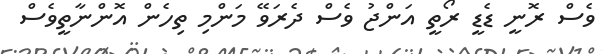
ވެސް ރޮނީ ޑެޑީ ރޯތީ އަންޖު ވެސް ދެރަވޭ މަންމި ތިހެން އޮންނާތީވެސް